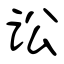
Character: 讼